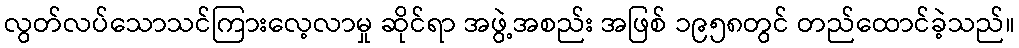
လွတ်လပ်သောသင်ကြားလေ့လာမှု ဆိုင်ရာ အဖွဲ့အစည်း အဖြစ် ၁၉၅၈တွင် တည်ထောင်ခဲ့သည်။